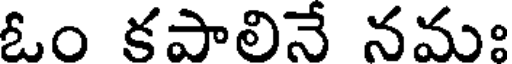
ఓం కపాలినే నమః